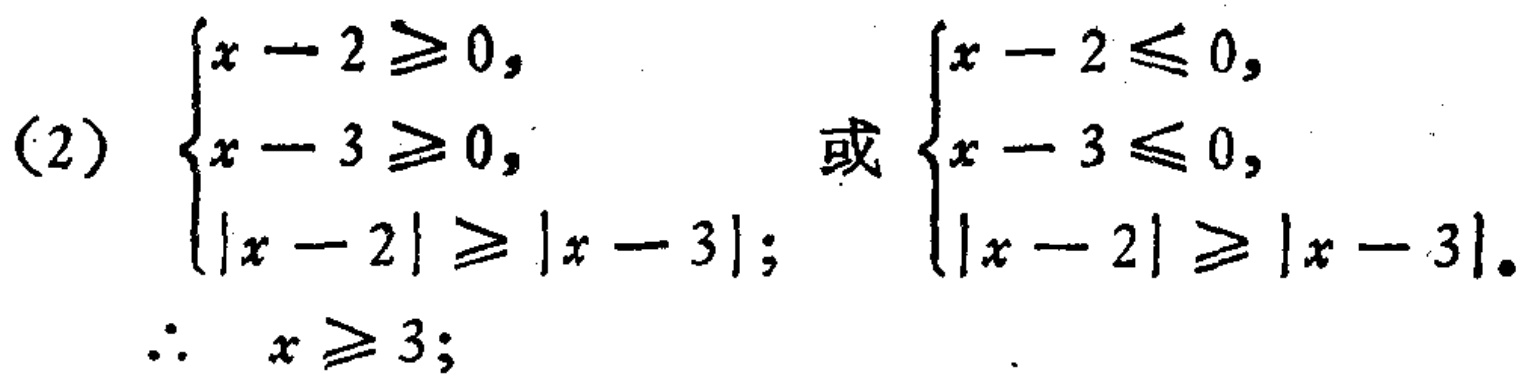
(2) $\begin{cases}

x - 2 \geq 0, \\

x - 3 \geq 0, \\

|x - 2| \geq |x - 3|;

\end{cases}$ 或 $\begin{cases}

x - 2 \leq 0, \\

x - 3 \leq 0, \\

|x - 2| \geq |x - 3|.

\end{cases}$

$\therefore x \geq 3;$